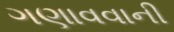
ગણાવવાની